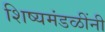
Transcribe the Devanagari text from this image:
शिष्यमंडळींनी